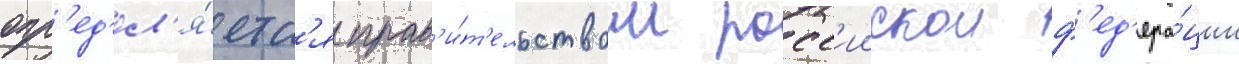
опр'ед'ел'я́етс'я прав'и́т'ельством росс'иискои ф'ед'ера́ции